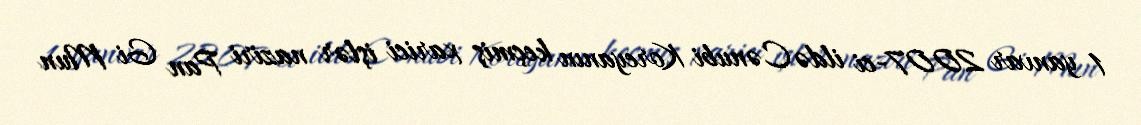
1 yanvar 2007-ci ildə Cənubi Koreyanın keçmiş xarici işlər naziri Pan Gi Mun